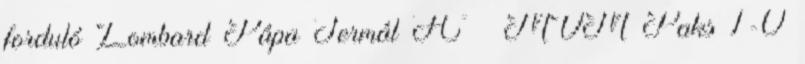
forduló Lombard Pápa Termál FC – MVM Paks 1-0